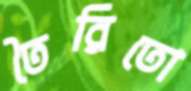
তৈরিতো